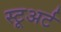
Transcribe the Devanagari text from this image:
स्टूअर्ट